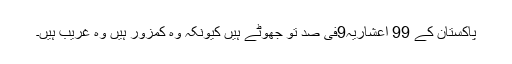
پاکستان کے 99 اعشاریہ9فی صد تو جھوٹے ہیں کیونکہ وہ کمزور ہیں وہ غریب ہیں۔